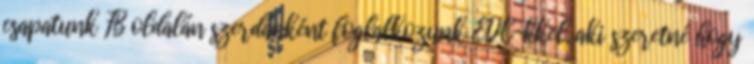
csapatunk FB oldalán szerdánként foglalkozunk EDC-kkel, aki szeretné hogy